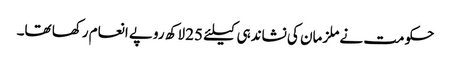
حکومت نے ملزمان کی نشاندہی کیلئے 25 لاکھ روپے انعام رکھا تھا۔